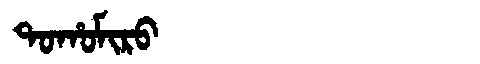
Manchu: ᡨᠣᡥᠣᠮᡳᡵᠣ
Romanization: TOHOMIRO